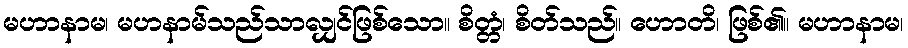
မဟာနာမ၊ မဟနာမ်သည်သာလျှင်ဖြစ်သော။ စိတ္တံ၊ စိတ်သည်။ ဟောတိ၊ ဖြစ်၏။ မဟာနာမ၊